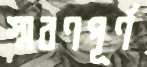
স্মরণপূর্ণ